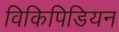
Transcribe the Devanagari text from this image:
विकिपिडियन